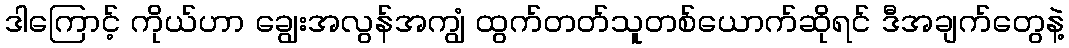
ဒါကြောင့် ကိုယ်ဟာ ချွေးအလွန်အကျွံ ထွက်တတ်သူတစ်ယောက်ဆိုရင် ဒီအချက်တွေနဲ့